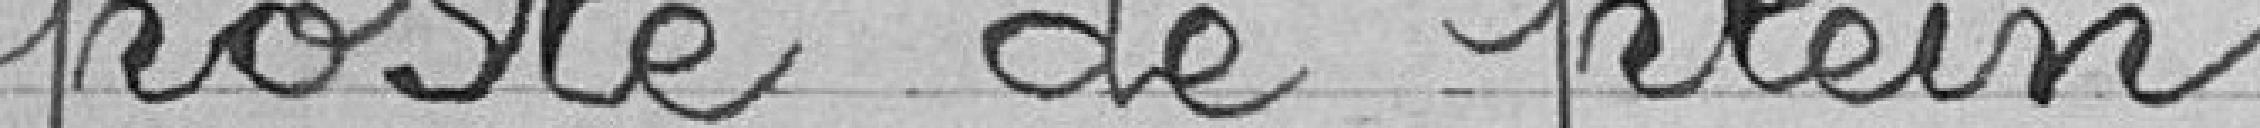
poste de plein